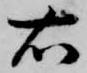
右